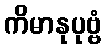
ကိမာနုပုဗ္ဗံ